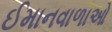
ઈમાનવાળાઓ